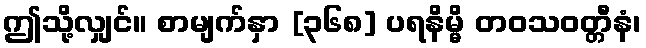
ဤသို့လျှင်။ စာမျက်နှာ [၃၆၈] ပရနိမ္မိ တဝသဝတ္တီနံ၊